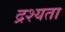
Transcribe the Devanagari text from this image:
द्रश्यता